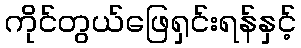
ကိုင်တွယ်ဖြေရှင်းရန်နှင့်